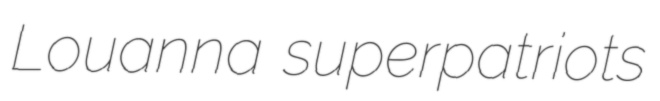
Louanna superpatriots